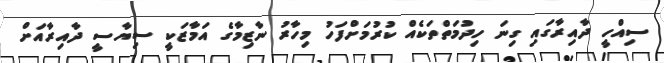
ސިއްހީ ދާއިރާގައި ގިނަ ހިދުމަތްތަކެއް ކުރުމަށްފަހު މިހާރު ނާޒިމާގެ އަމާޒަކީ ސިޔާސީ ދާއިރާއަށް